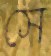
সে